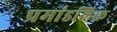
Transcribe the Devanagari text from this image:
प्रमांडलिक